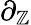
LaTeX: \partial_{\mathbb{Z}}